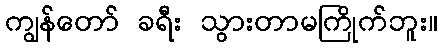
ကျွန်တော် ခရီး သွားတာမကြိုက်ဘူး။